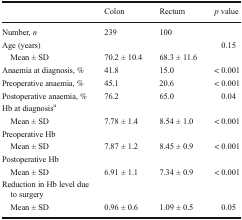
<table><thead><tr><td></td><td><b>Colon</b></td><td><b>Rectum</b></td><td><b><i>p</i> value</b></td></tr></thead><tbody><tr><td>Number, <i>n</i></td><td>239</td><td>100</td><td></td></tr><tr><td>Age (years)</td><td></td><td></td><td>0.15</td></tr><tr><td> Mean ± SD</td><td>70.2 ± 10.4</td><td>68.3 ± 11.6</td><td></td></tr><tr><td>Anaemia at diagnosis, %</td><td>41.8</td><td>15.0</td><td>&lt; 0.001</td></tr><tr><td>Preoperative anaemia, %</td><td>45.1</td><td>20.6</td><td>&lt; 0.001</td></tr><tr><td>Postoperative anaemia, %</td><td>76.2</td><td>65.0</td><td>0.04</td></tr><tr><td colspan="4">Hb at diagnosis<sup>a</sup></td></tr><tr><td> Mean ± SD</td><td>7.78 ± 1.4</td><td>8.54 ± 1.0</td><td>&lt; 0.001</td></tr><tr><td colspan="4">Preoperative Hb</td></tr><tr><td> Mean ± SD</td><td>7.87 ± 1.2</td><td>8.45 ± 0.9</td><td>&lt; 0.001</td></tr><tr><td colspan="4">Postoperative Hb</td></tr><tr><td> Mean ± SD</td><td>6.91 ± 1.1</td><td>7.34 ± 0.9</td><td>&lt; 0.001</td></tr><tr><td colspan="4">Reduction in Hb level due to surgery</td></tr><tr><td> Mean ± SD</td><td>0.96 ± 0.6</td><td>1.09 ± 0.5</td><td>0.05</td></tr></tbody></table>